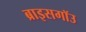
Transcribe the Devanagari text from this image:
ब्राइसगॉउ